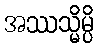
အဿသ္မိမ္ပိ